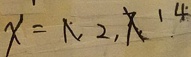
x = 1 , 2 , 7 1 4